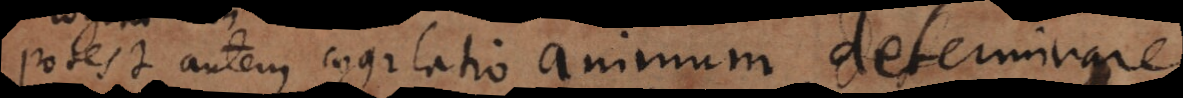
Potest autem cogitatio animum determinare